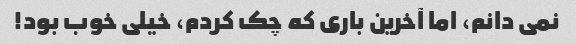
نمی دانم، اما آخرین باری که چک کردم، خیلی خوب بود!